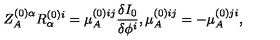
Z _ { A } ^ { ( 0 ) \alpha } R _ { \alpha } ^ { ( 0 ) i } = \mu _ { A } ^ { ( 0 ) i j } \frac { \delta I _ { 0 } } { \delta \phi ^ { i } } , \mu _ { A } ^ { ( 0 ) i j } = - \mu _ { A } ^ { ( 0 ) j i } ,